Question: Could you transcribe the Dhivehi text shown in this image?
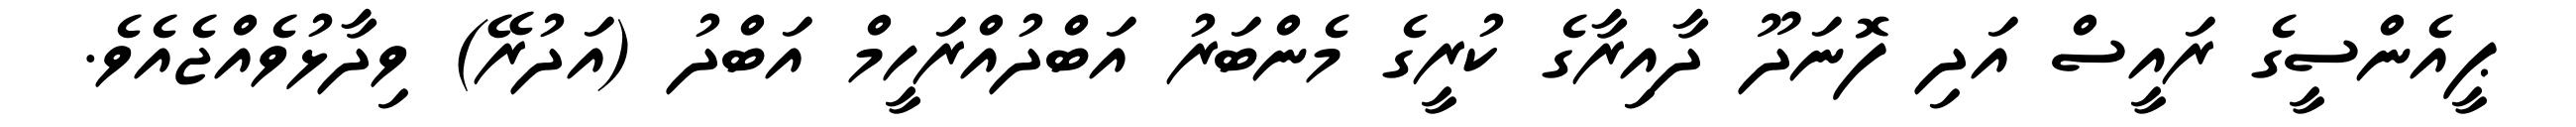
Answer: ޕީއެންސީގެ ރައީސް އަދި ފޮނަދޫ ދާއިރާގެ ކުރީގެ މެންބަރު އަބްދުއްރަހީމް އަބްދު (އަދުރޭ) ވިދާޅުވެއްޖެއެވެ.